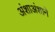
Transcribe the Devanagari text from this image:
अंशाअंशाने